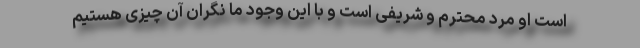
است او مرد محترم و شریفی است و با این وجود ما نگران آن چیزی هستیم